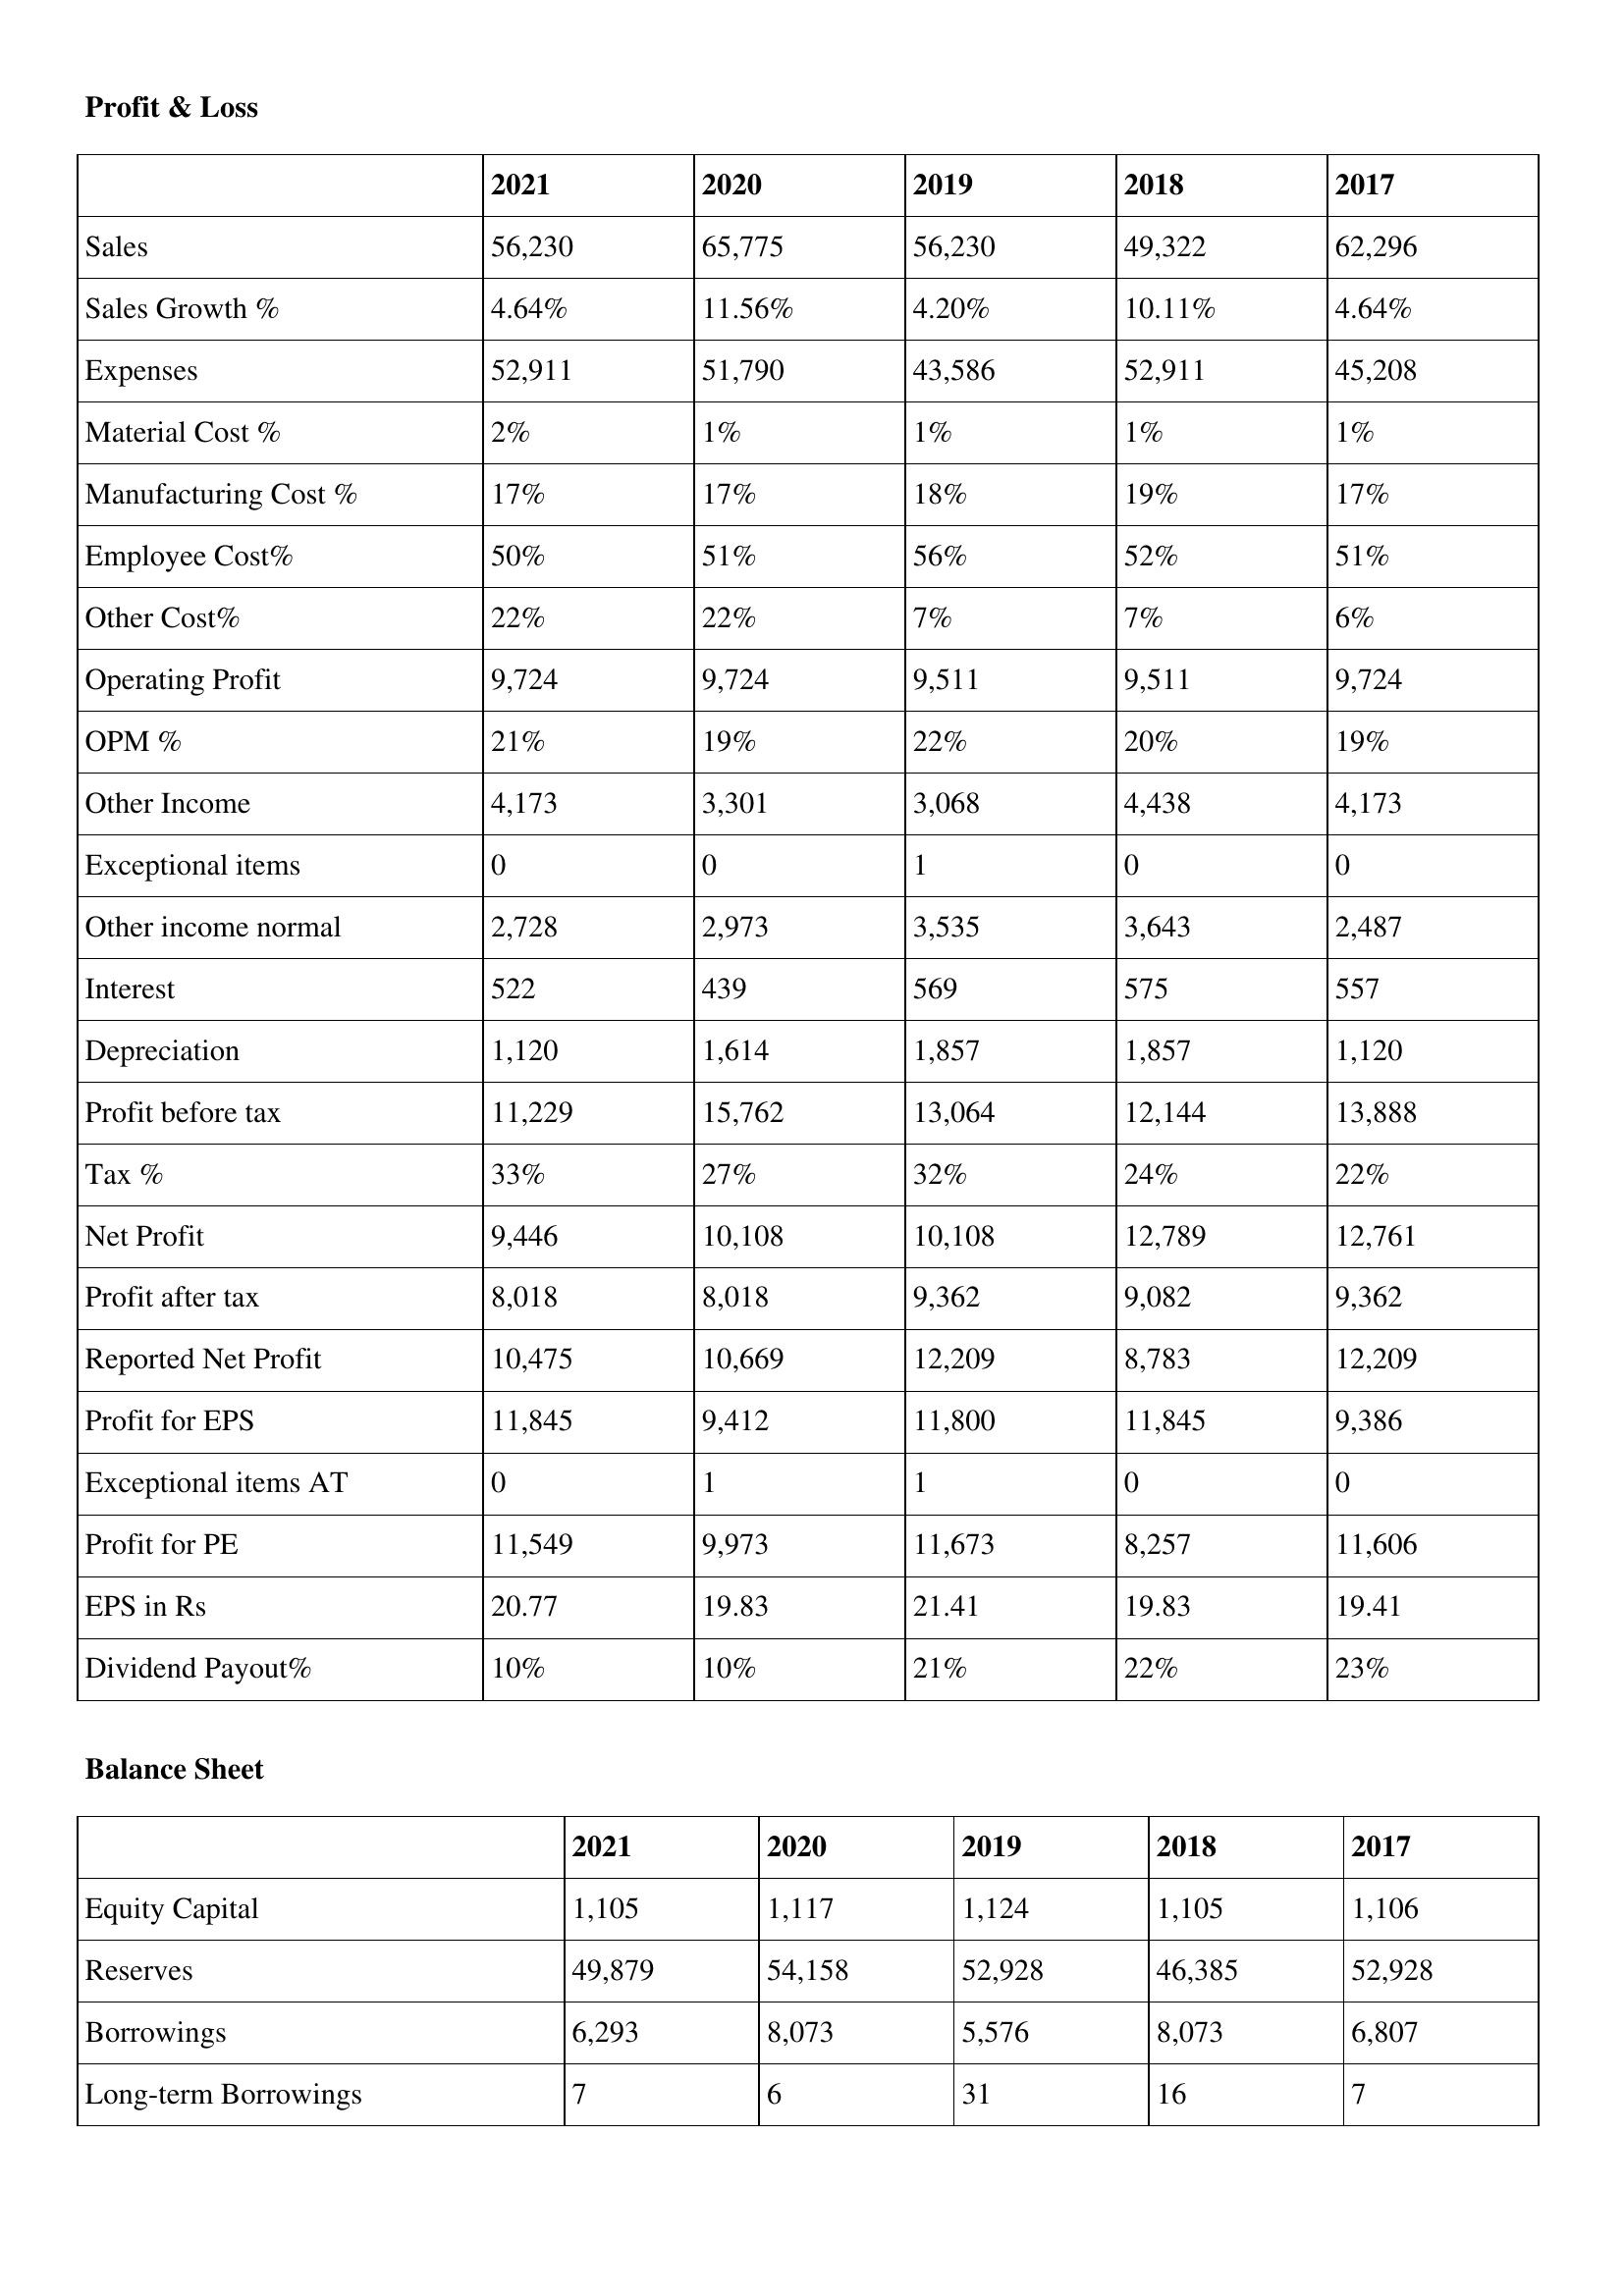
gt_parse: 2021: Profit & Loss: Sales: 56,230
Sales Growth %: 4.64%
Expenses: 52,911
Material Cost %: 2%
Manufacturing Cost %: 17%
Employee Cost%: 50%
Other Cost%: 22%
Operating Profit: 9,724
OPM %: 21%
Other Income: 4,173
Exceptional items: 0
Other income normal: 2,728
Interest: 522
Depreciation: 1,120
Profit before tax: 11,229
Tax %: 33%
Net Profit: 9,446
Profit after tax: 8,018
Reported Net Profit: 10,475
Profit for EPS: 11,845
Exceptional items AT: 0
Profit for PE: 11,549
EPS in Rs: 20.77
Dividend Payout%: 10%
Balance Sheet: Equity Capital: 1,105
Reserves: 49,879
Borrowings: 6,293
Long-term Borrowings: 7
2020: Profit & Loss: Sales: 65,775
Sales Growth %: 11.56%
Expenses: 51,790
Material Cost %: 1%
Manufacturing Cost %: 17%
Employee Cost%: 51%
Other Cost%: 22%
Operating Profit: 9,724
OPM %: 19%
Other Income: 3,301
Exceptional items: 0
Other income normal: 2,973
Interest: 439
Depreciation: 1,614
Profit before tax: 15,762
Tax %: 27%
Net Profit: 10,108
Profit after tax: 8,018
Reported Net Profit: 10,669
Profit for EPS: 9,412
Exceptional items AT: 1
Profit for PE: 9,973
EPS in Rs: 19.83
Dividend Payout%: 10%
Balance Sheet: Equity Capital: 1,117
Reserves: 54,158
Borrowings: 8,073
Long-term Borrowings: 6
2019: Profit & Loss: Sales: 56,230
Sales Growth %: 4.20%
Expenses: 43,586
Material Cost %: 1%
Manufacturing Cost %: 18%
Employee Cost%: 56%
Other Cost%: 7%
Operating Profit: 9,511
OPM %: 22%
Other Income: 3,068
Exceptional items: 1
Other income normal: 3,535
Interest: 569
Depreciation: 1,857
Profit before tax: 13,064
Tax %: 32%
Net Profit: 10,108
Profit after tax: 9,362
Reported Net Profit: 12,209
Profit for EPS: 11,800
Exceptional items AT: 1
Profit for PE: 11,673
EPS in Rs: 21.41
Dividend Payout%: 21%
Balance Sheet: Equity Capital: 1,124
Reserves: 52,928
Borrowings: 5,576
Long-term Borrowings: 31
2018: Profit & Loss: Sales: 49,322
Sales Growth %: 10.11%
Expenses: 52,911
Material Cost %: 1%
Manufacturing Cost %: 19%
Employee Cost%: 52%
Other Cost%: 7%
Operating Profit: 9,511
OPM %: 20%
Other Income: 4,438
Exceptional items: 0
Other income normal: 3,643
Interest: 575
Depreciation: 1,857
Profit before tax: 12,144
Tax %: 24%
Net Profit: 12,789
Profit after tax: 9,082
Reported Net Profit: 8,783
Profit for EPS: 11,845
Exceptional items AT: 0
Profit for PE: 8,257
EPS in Rs: 19.83
Dividend Payout%: 22%
Balance Sheet: Equity Capital: 1,105
Reserves: 46,385
Borrowings: 8,073
Long-term Borrowings: 16
2017: Profit & Loss: Sales: 62,296
Sales Growth %: 4.64%
Expenses: 45,208
Material Cost %: 1%
Manufacturing Cost %: 17%
Employee Cost%: 51%
Other Cost%: 6%
Operating Profit: 9,724
OPM %: 19%
Other Income: 4,173
Exceptional items: 0
Other income normal: 2,487
Interest: 557
Depreciation: 1,120
Profit before tax: 13,888
Tax %: 22%
Net Profit: 12,761
Profit after tax: 9,362
Reported Net Profit: 12,209
Profit for EPS: 9,386
Exceptional items AT: 0
Profit for PE: 11,606
EPS in Rs: 19.41
Dividend Payout%: 23%
Balance Sheet: Equity Capital: 1,106
Reserves: 52,928
Borrowings: 6,807
Long-term Borrowings: 7